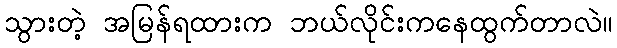
သွားတဲ့ အမြန်ရထားက ဘယ်လိုင်းကနေထွက်တာလဲ။